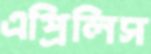
এপ্রিলিস